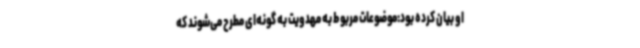
او بیان کرده بود:موضوعات مربوط به مهدویت به گونه‌ای مطرح می‌شوند که